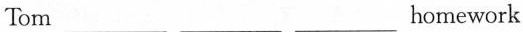
Tom ___ ___ ___homework